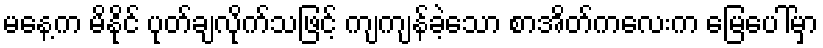
မနေ့က မိနိုင် ပုတ်ချလိုက်သဖြင့် ကျကျန်ခဲ့သော စာအိတ်ကလေးက မြေပေါ်မှာ